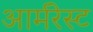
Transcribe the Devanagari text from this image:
आर्मरेस्ट